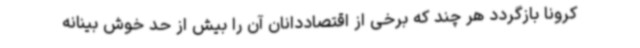
کرونا بازگردد هر چند که برخی از اقتصاددانان آن را بیش از حد خوش بینانه